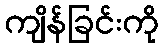
ကျိန်ခြင်းကို